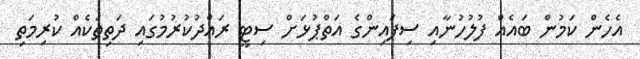
އެހެން ކަމުން ބައެއް ފުލުހުނާއި ސިފައިންގެ އަތްޕުޅަށް ސިޓީ ރައްދުކުރުމުގައި ދަތިތަކެއް ކުރިމަތި